Vaccination in Bombay 1869-1873 - 1869-1873
Year: 1869
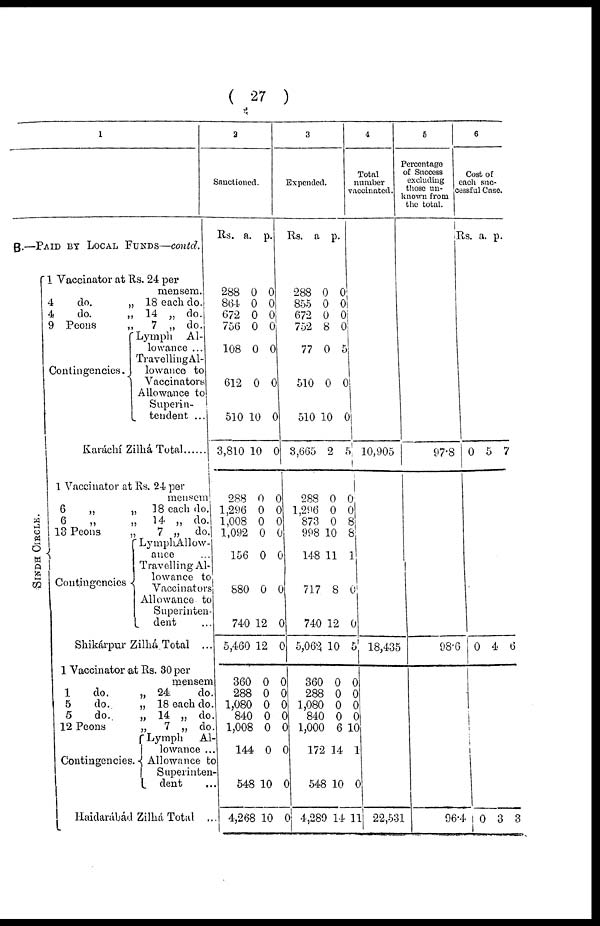
( 27 )
1
B.—PAID BY LOCAL FUNDS—contd.
SINDH CIRCLE.
1 Vaccinator at Rs. 24 per
mensem.
4
do.
„ 18 each do.
4
do.
„ 14 „ do.
9 Peons
„
7 „ do.
Contingencies.
Lymph Al-
lowance ...
Travelling Al¬
lowance to
Vaccinators
Allowance to
Superin-
tendent ...
Karáchí Zilhá
Total......
1 Vaccinator at Rs. 24 per
mensem
6
„
„ 18 each do.
6
„
„ 14 „ do.
13 Peons
„
7 „ do.
Contingencies
Lymph Allow¬
ance
Travelling Al-
lowance to
Vaccinators
Allowance to
Superinten¬
dent ...
Shikárpur Zilhá Total ...
1 Vaccinator at Rs. 30 per
mensem
1
do.
„ 24
do.
5
do.
„ 18 each do.
5
do.
„ 14 „ do.
12 Peons
„
7 „ do.
Contingencies.
Haidarábád
Lymph Al¬
lowance ...
Allowance to
Superinten¬
dent ...
Zilhá Total ...
2
Sanctioned.
Rs.
a. p.
288
864
672
756
108
612
510
3,810
288
1,296
1,008
1,092
156
880
740
5,460
360
288
1,080
840
1,008
144
548
4,268
0
0
0
0
0
0
10
10
0
0
0
0
0
0
12
12
0
0
0
0
0
0
10
10
0
0
0
0
0
0
0
0
0
0
0
0
0
0
0
0
0
0
0
0
0
0
0
0
3
Expended.
Rs.
a.
p.
288
855
672
752
77
510
510
3,665
288
1,296
873
998
148
717
740
5,062
360
288
1,080
840
1,000
172
548
4,289
0
0
0
8
0
0
10
2
0
0
0
10
11
8
12
10
0
0
0
0
6
14
10
14
0
0
0 0
5
0
0
5
0
0
8
8
1
0
0
5
0
0
0
0
10
1
0
11
4
Total
number
vaccinated.
10,905
18,435
22,531
5
Percentage
of Success
excluding
those un¬
Known from
the total.
97.8
98.6
96.4
6
Cost of
each suc¬
cessful Case.
Rs. a. p.
0 5 7
0 4 6
0
3
3